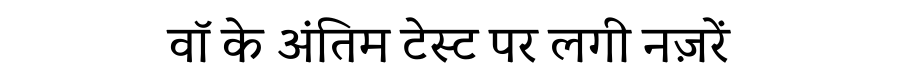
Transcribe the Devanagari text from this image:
वॉ के अंतिम टेस्ट पर लगी नज़रें